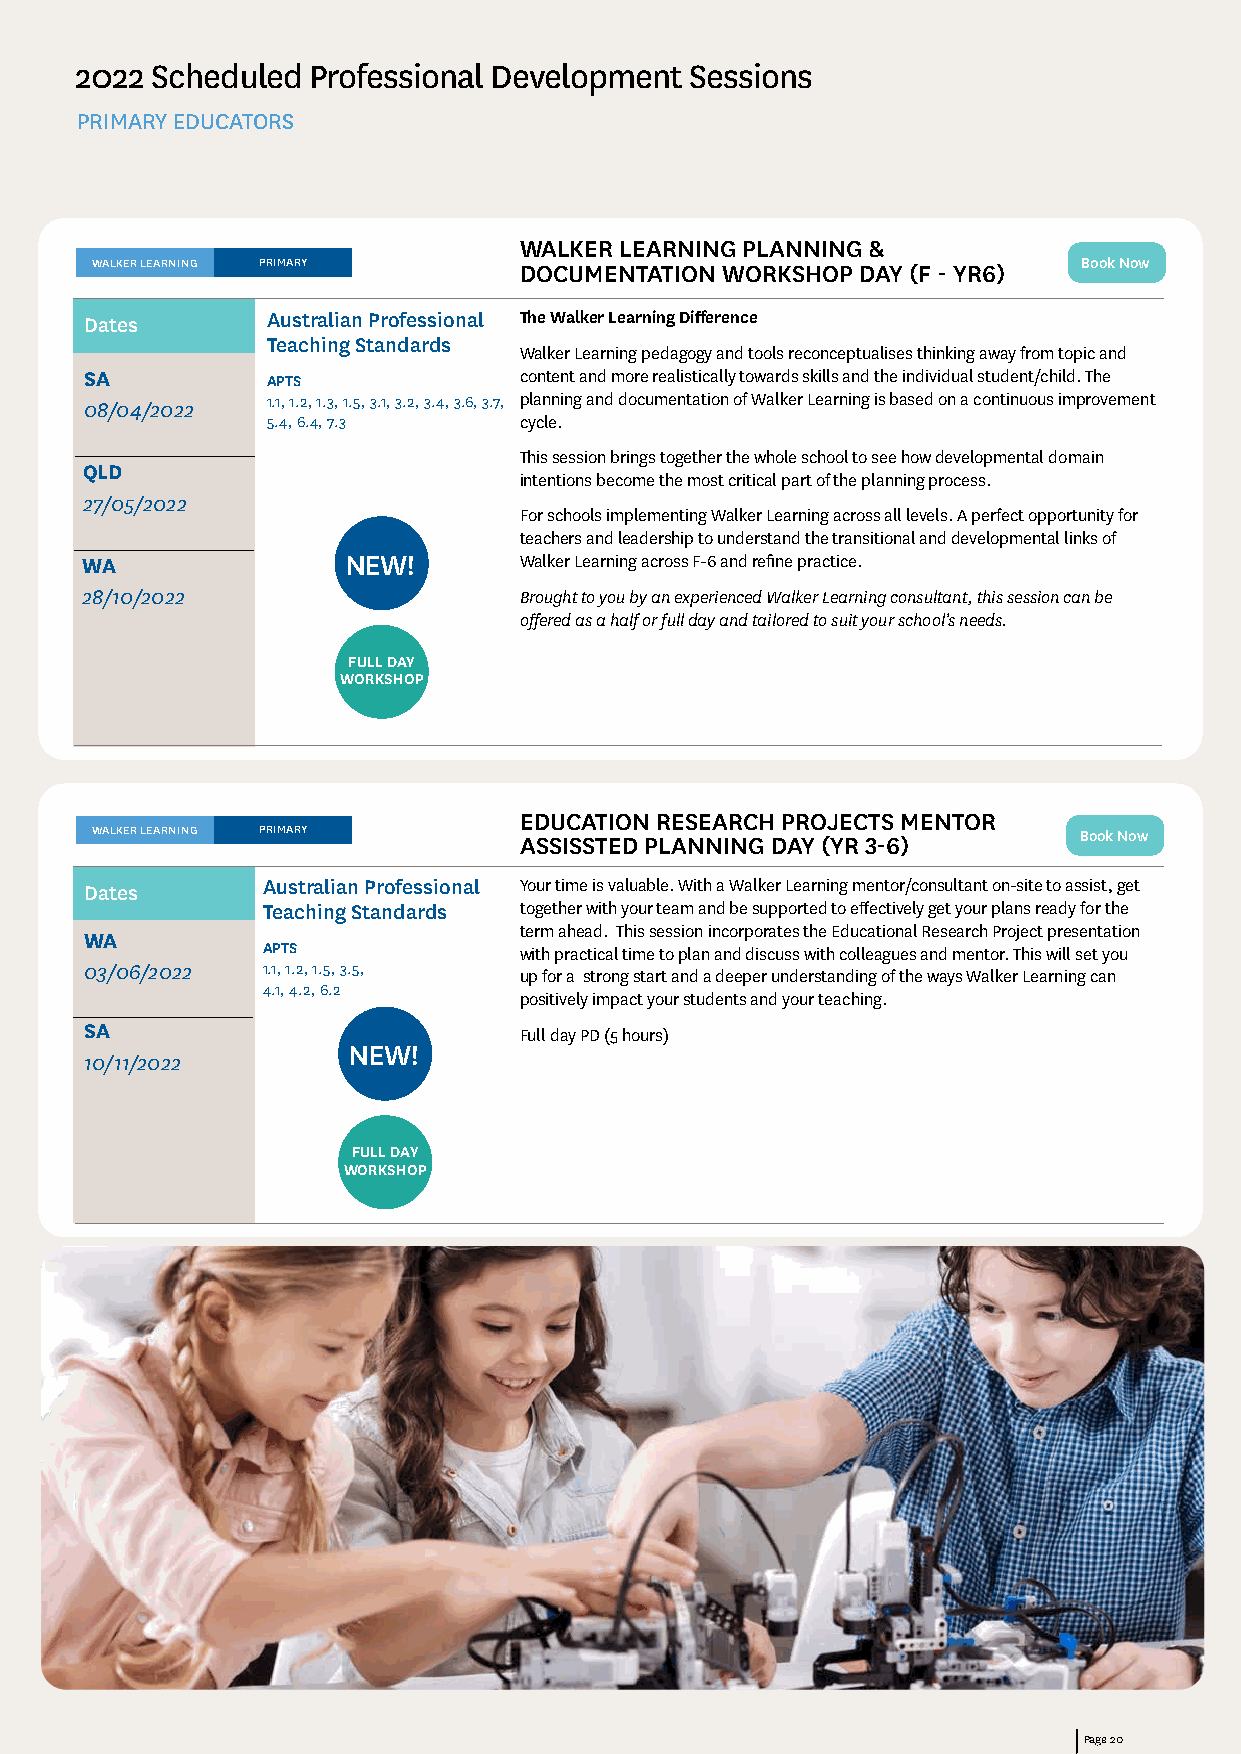
2022 Scheduled Professional Development  Sessions
 PRIMARY EDUCATORS
 WALKER LEARNING PLANNING &
 WALKER LEARNING PRIMARY     DOCUMENTATION WORKSHOP DAY (F - YR6)  Book Now
 Dates       Australian Professional The Walker Learning Difference
 Teaching Standards
 Walker Learning pedagogy and tools reconceptualises thinking away from topic and
 SA          APTS            content and more realistically towards skills and the individual student/child. The
 1.1, 1.2, 1.3, 1.5, 3.1, 3.2, 3.4, 3.6, 3.7, planning and documentation of Walker Learning is based on a continuous improvement
 08/04/2022
 5.4, 6.4, 7.3   cycle.
 This session brings together the whole school to see how developmental domain
 QLD
 intentions become the most critical part of the planning process.
 27/05/2022
 For schools implementing Walker Learning across all levels. A perfect opportunity for
 teachers and leadership to understand the transitional and developmental links of
 WA                NEW!       Walker Learning across F-6 and refine practice.
 28/10/2022                   Brought to you by an experienced Walker Learning consultant, this session can be
 offered as a half or full day and tailored to suit your school’s needs.
 FULL DAY
 WORKSHOP
 EDUCATION RESEARCH PROJECTS MENTOR
 WALKER LEARNING PRIMARY     ASSISSTED PLANNING DAY (YR 3-6)      Book Now
 Dates      Australian Professional Your time is valuable. With a Walker Learning mentor/consultant on-site to assist, get
 Teaching Standards together with your team and be supported to effectively get your plans ready for the
 term ahead. This session incorporates the Educational Research Project presentation
 WA
 APTS             with practical time to plan and discuss with colleagues and mentor. This will set you
 03/06/2022 1.1, 1.2, 1.5, 3.5,
 up for a strong start and a deeper understanding of the ways Walker Learning can
 4.1, 4.2, 6.2
 positively impact your students and your teaching.
 SA                          Full day PD (5 hours)
 NEW!
 10/11/2022
 FULL DAY
 WORKSHOP
 Page 20